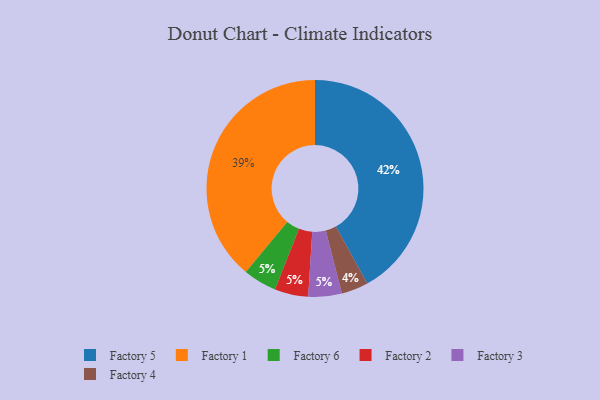
{"axis": {"x": "Category", "y": "Percentage"}, "legend": ["Factory 1", "Factory 2", "Factory 3", "Factory 4", "Factory 5", "Factory 6"], "data": [{"x": "Factory 1", "y": 39, "type": "Factory 1"}, {"x": "Factory 5", "y": 42, "type": "Factory 5"}, {"x": "Factory 6", "y": 5, "type": "Factory 6"}, {"x": "Factory 2", "y": 5, "type": "Factory 2"}, {"x": "Factory 4", "y": 4, "type": "Factory 4"}, {"x": "Factory 3", "y": 5, "type": "Factory 3"}]}